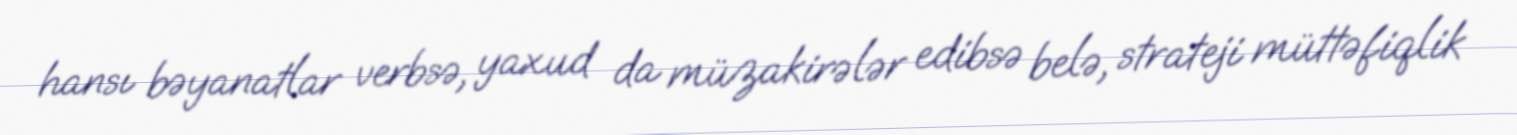
hansı bəyanatlar verbsə, yaxud da müzakirələr edibsə belə, strateji müttəfiqlik